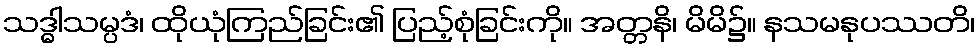
သဒ္ဓါသမ္ပဒံ၊ ထိုယုံကြည်ခြင်း၏ ပြည့်စုံခြင်းကို။ အတ္တနိ၊ မိမိ၌။ နသမနုပဿတိ၊